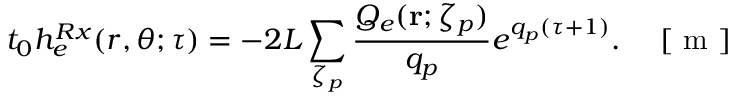
t _ { 0 } h _ { e } ^ { R x } ( r , \theta ; \tau ) = - 2 L \sum _ { \zeta _ { p } } \frac { Q _ { e } ( { \bf r } ; \zeta _ { p } ) } { q _ { p } } e ^ { q _ { p } ( \tau + 1 ) } . \quad \mathrm { ~ [ ~ m ~ ] ~ }